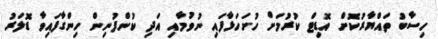
ހިސާބު ތައްޔާރުކޮށް އޮޑިޓް ކުރުމަށް ހުށަހަޅާފައި ނުވުމާއި އަދި ކުންފުނިން ހިންގާފައިވާ ޑޮލަރު